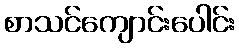
စာသင်ကျောင်းပေါင်း